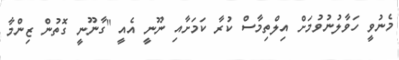
މެނުވީ ހަވާލުނުވުމަށް އިލްތިމާސް ކުރާ ކަމަށާއި ނޫނީ އެއީ "ގާނޫނީ ގޮތުން ޒިންމާ